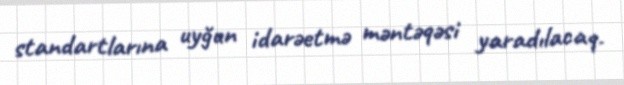
standartlarına uyğun idarəetmə məntəqəsi yaradılacaq.